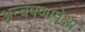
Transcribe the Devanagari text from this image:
अन्वेषणापेक्षा